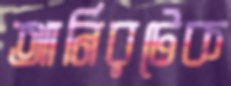
আনিরটেক